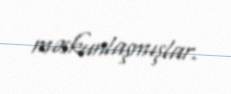
məskunlaşmışlar.